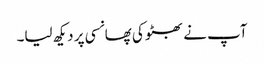
آپ نے بھٹو کی پھانسی پر دیکھ لیا۔